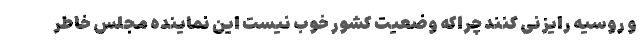
و روسیه رایزنی کنند چراکه وضعیت کشور خوب نیست این نماینده مجلس خاطر